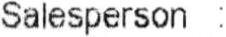
SALESPERSON :